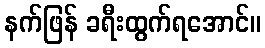
နက်ဖြန် ခရီးထွက်ရအောင်။